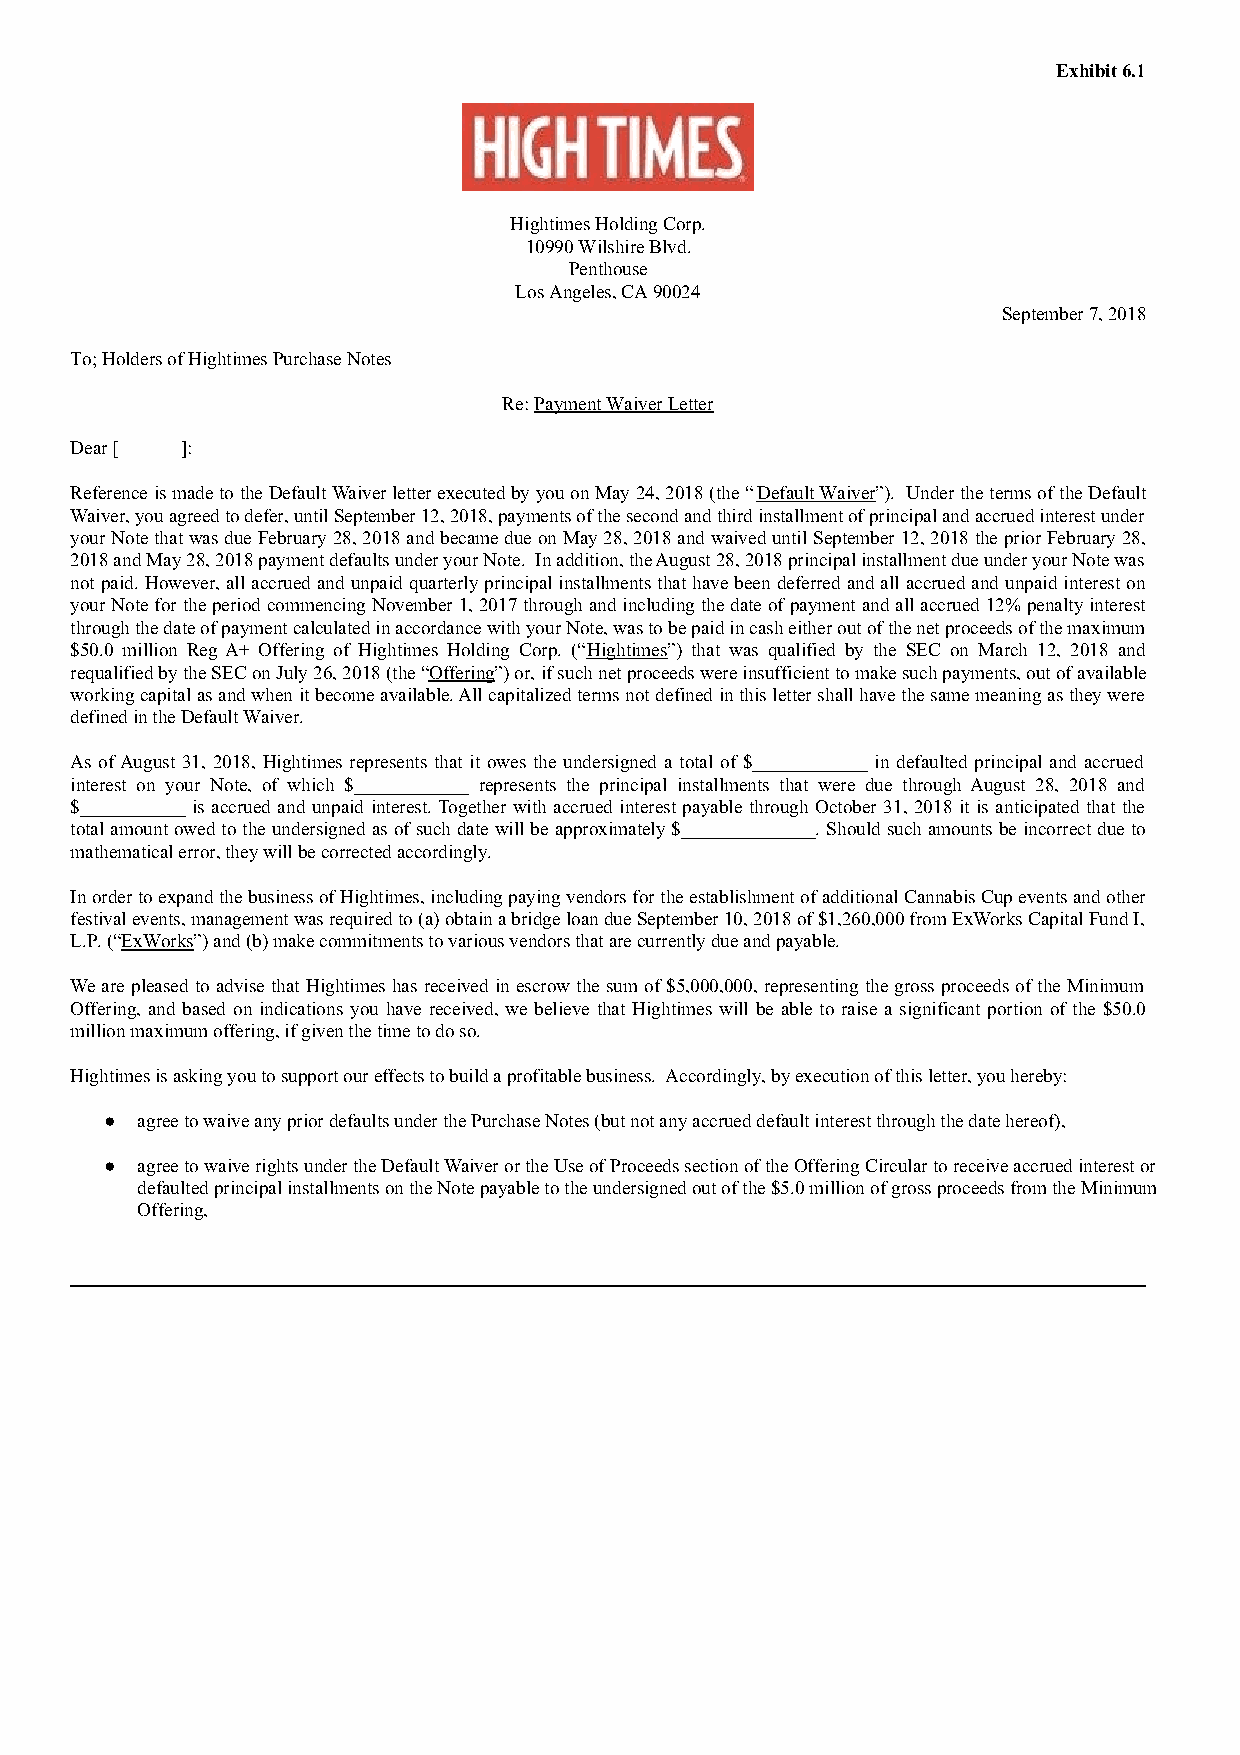
Exhibit 6.1
 Hightimes Holding Corp.
 10990 Wilshire Blvd.
 Penthouse
 Los Angeles, CA 90024
 September 7, 2018
 To; Holders of Hightimes Purchase Notes
 Re: Payment Waiver Letter
 Dear [ ]:
 Reference is made to the Default Waiver letter executed by you on May 24, 2018 (the “Default Waiver”). Under the terms of the Default
 Waiver, you agreed to defer, until September 12, 2018, payments of the second and third installment of principal and accrued interest under
 your Note that was due February 28, 2018 and became due on May 28, 2018 and waived until September 12, 2018 the prior February 28,
 2018 and May 28, 2018 payment defaults under your Note. In addition, the August 28, 2018 principal installment due under your Note was
 not paid. However, all accrued and unpaid quarterly principal installments that have been deferred and all accrued and unpaid interest on
 your Note for the period commencing November 1, 2017 through and including the date of payment and all accrued 12% penalty interest
 through the date of payment calculated in accordance with your Note, was to be paid in cash either out of the net proceeds of the maximum
 $50.0 million Reg A+ Offering of Hightimes Holding Corp. (“Hightimes”) that was qualified by the SEC on March 12, 2018 and
 requalified by the SEC on July 26, 2018 (the “Offering”) or, if such net proceeds were insufficient to make such payments, out of available
 working capital as and when it become available. All capitalized terms not defined in this letter shall have the same meaning as they were
 defined in the Default Waiver.
 As of August 31, 2018, Hightimes represents that it owes the undersigned a total of $____________ in defaulted principal and accrued
 interest on your Note, of which $____________ represents the principal installments that were due through August 28, 2018 and
 $___________ is accrued and unpaid interest. Together with accrued interest payable through October 31, 2018 it is anticipated that the
 total amount owed to the undersigned as of such date will be approximately $______________. Should such amounts be incorrect due to
 mathematical error, they will be corrected accordingly.
 In order to expand the business of Hightimes, including paying vendors for the establishment of additional Cannabis Cup events and other
 festival events, management was required to (a) obtain a bridge loan due September 10, 2018 of $1,260,000 from ExWorks Capital Fund I,
 L.P. (“ExWorks”) and (b) make commitments to various vendors that are currently due and payable.
 We are pleased to advise that Hightimes has received in escrow the sum of $5,000,000, representing the gross proceeds of the Minimum
 Offering, and based on indications you have received, we believe that Hightimes will be able to raise a significant portion of the $50.0
 million maximum offering, if given the time to do so.
 Hightimes is asking you to support our effects to build a profitable business. Accordingly, by execution of this letter, you hereby:
 ● agree to waive any prior defaults under the Purchase Notes (but not any accrued default interest through the date hereof),
 ● agree to waive rights under the Default Waiver or the Use of Proceeds section of the Offering Circular to receive accrued interest or
 defaulted principal installments on the Note payable to the undersigned out of the $5.0 million of gross proceeds from the Minimum
 Offering,